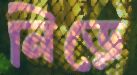
নিড়ে